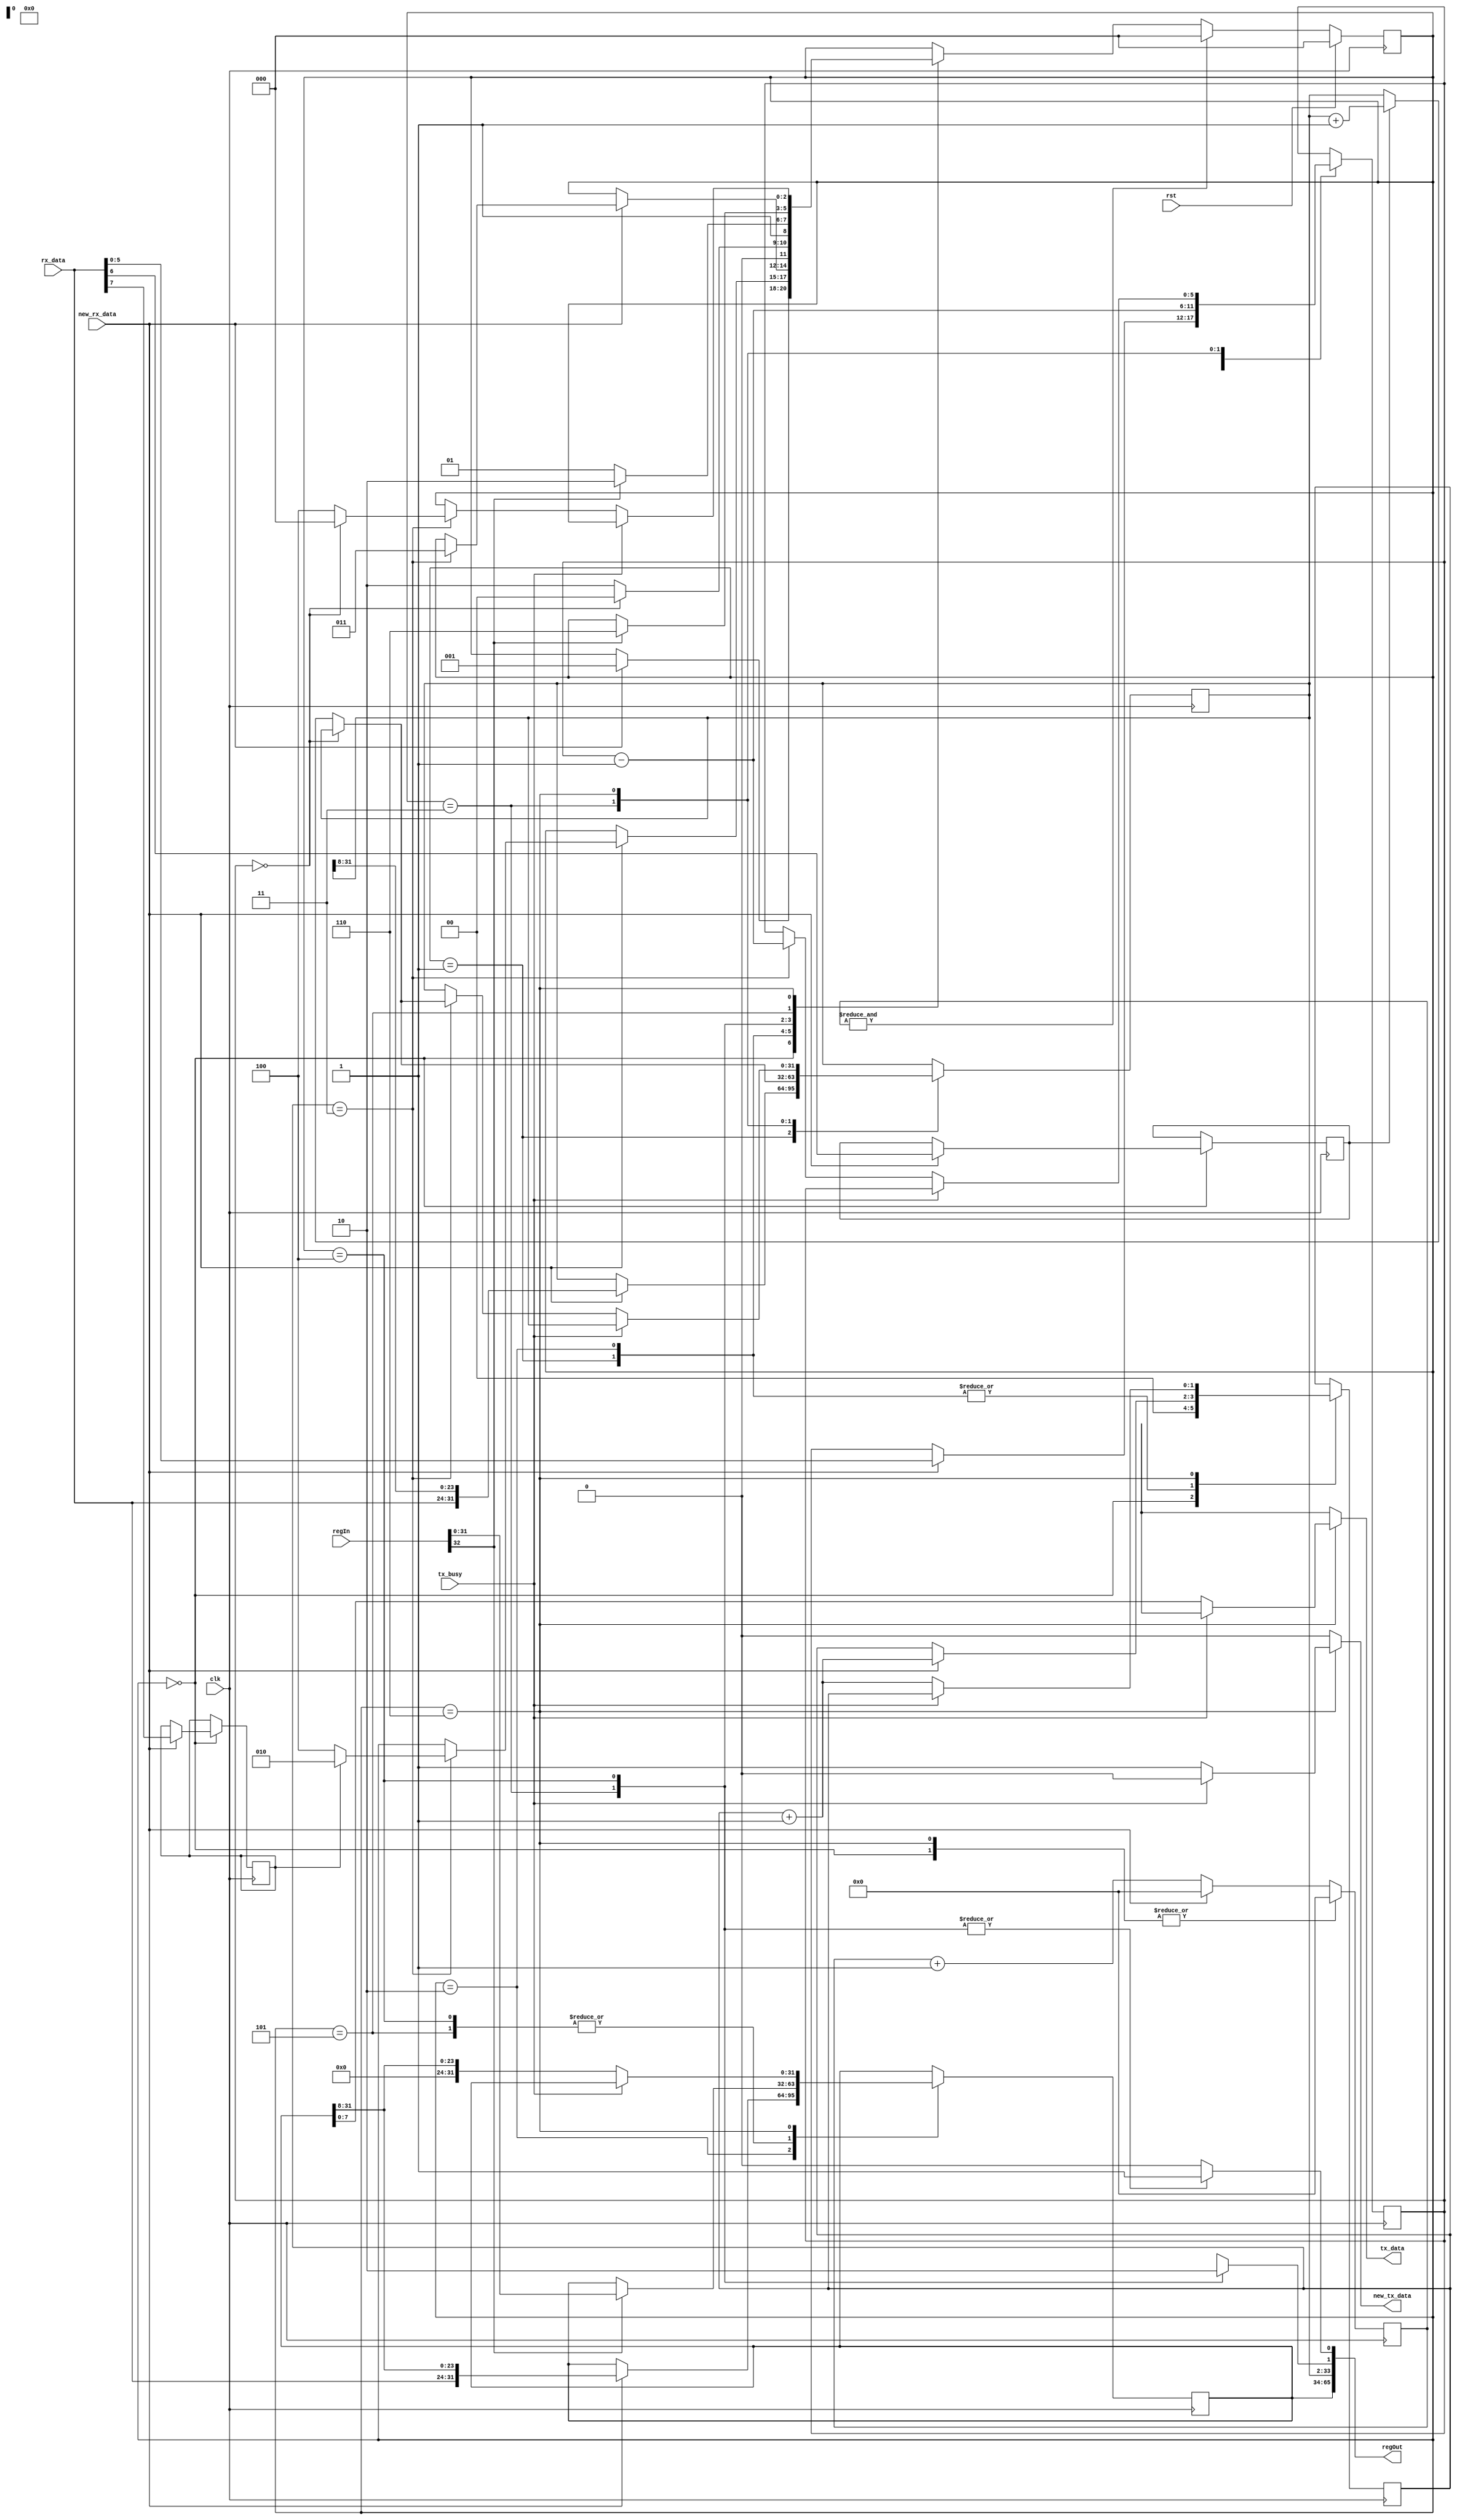
/*
   This file was generated automatically by the Mojo IDE version B1.3.5.
   Do not edit this file directly. Instead edit the original Lucid source.
   This is a temporary file and any changes made to it will be destroyed.
*/

/*
   Parameters:
     CLK_FREQ = CLK_FREQ
*/
module reg_interface_9 (
    input clk,
    input rst,
    input [7:0] rx_data,
    input new_rx_data,
    output reg [7:0] tx_data,
    output reg new_tx_data,
    input tx_busy,
    output reg [65:0] regOut,
    input [32:0] regIn
  );
  
  localparam CLK_FREQ = 26'h2faf080;
  
  
  localparam IDLE_state = 3'd0;
  localparam GET_ADDR_state = 3'd1;
  localparam WRITE_state = 3'd2;
  localparam REQUEST_WRITE_state = 3'd3;
  localparam REQUEST_READ_state = 3'd4;
  localparam WAIT_READ_state = 3'd5;
  localparam READ_RESULT_state = 3'd6;
  
  reg [2:0] M_state_d, M_state_q = IDLE_state;
  reg [5:0] M_addr_ct_d, M_addr_ct_q = 1'h0;
  reg [1:0] M_byte_ct_d, M_byte_ct_q = 1'h0;
  reg M_inc_d, M_inc_q = 1'h0;
  reg M_wr_d, M_wr_q = 1'h0;
  reg [23:0] M_timeout_d, M_timeout_q = 1'h0;
  reg [31:0] M_addr_d, M_addr_q = 1'h0;
  reg [31:0] M_data_d, M_data_q = 1'h0;
  
  always @* begin
    M_state_d = M_state_q;
    M_byte_ct_d = M_byte_ct_q;
    M_inc_d = M_inc_q;
    M_addr_ct_d = M_addr_ct_q;
    M_data_d = M_data_q;
    M_addr_d = M_addr_q;
    M_wr_d = M_wr_q;
    M_timeout_d = M_timeout_q;
    
    regOut[0+0-:1] = 1'h0;
    regOut[1+0-:1] = 1'bx;
    regOut[2+31-:32] = M_addr_q;
    regOut[34+31-:32] = M_data_q;
    tx_data = 1'bx;
    new_tx_data = 1'h0;
    M_timeout_d = M_timeout_q + 1'h1;
    if (new_rx_data) begin
      M_timeout_d = 1'h0;
    end
    
    case (M_state_q)
      IDLE_state: begin
        M_timeout_d = 1'h0;
        M_byte_ct_d = 1'h0;
        if (new_rx_data) begin
          M_wr_d = rx_data[7+0-:1];
          M_inc_d = rx_data[6+0-:1];
          M_addr_ct_d = rx_data[0+5-:6];
          M_state_d = GET_ADDR_state;
        end
      end
      GET_ADDR_state: begin
        if (new_rx_data) begin
          M_addr_d = {rx_data, M_addr_q[8+23-:24]};
          M_byte_ct_d = M_byte_ct_q + 1'h1;
          if (M_byte_ct_q == 2'h3) begin
            if (M_wr_q) begin
              M_state_d = WRITE_state;
            end else begin
              M_state_d = REQUEST_READ_state;
            end
          end
        end
      end
      WRITE_state: begin
        if (new_rx_data) begin
          M_data_d = {rx_data, M_data_q[8+23-:24]};
          M_byte_ct_d = M_byte_ct_q + 1'h1;
          if (M_byte_ct_q == 2'h3) begin
            M_state_d = REQUEST_WRITE_state;
          end
        end
      end
      REQUEST_WRITE_state: begin
        regOut[0+0-:1] = 1'h1;
        regOut[1+0-:1] = 1'h1;
        M_addr_ct_d = M_addr_ct_q - 1'h1;
        if (M_addr_ct_q == 1'h0) begin
          M_state_d = IDLE_state;
        end else begin
          M_state_d = WRITE_state;
          if (M_inc_q) begin
            M_addr_d = M_addr_q + 1'h1;
          end
        end
      end
      REQUEST_READ_state: begin
        regOut[0+0-:1] = 1'h1;
        regOut[1+0-:1] = 1'h0;
        if (regIn[32+0-:1]) begin
          M_data_d = regIn[0+31-:32];
          M_state_d = READ_RESULT_state;
        end else begin
          M_state_d = WAIT_READ_state;
        end
      end
      WAIT_READ_state: begin
        if (regIn[32+0-:1]) begin
          M_data_d = regIn[0+31-:32];
          M_state_d = READ_RESULT_state;
        end
      end
      READ_RESULT_state: begin
        M_timeout_d = 1'h0;
        if (!tx_busy) begin
          tx_data = M_data_q[0+7-:8];
          M_data_d = M_data_q >> 4'h8;
          new_tx_data = 1'h1;
          M_byte_ct_d = M_byte_ct_q + 1'h1;
          if (M_byte_ct_q == 2'h3) begin
            M_addr_ct_d = M_addr_ct_q - 1'h1;
            if (M_addr_ct_q == 1'h0) begin
              M_state_d = IDLE_state;
            end else begin
              M_state_d = REQUEST_READ_state;
              if (M_inc_q) begin
                M_addr_d = M_addr_q + 1'h1;
              end
            end
          end
        end
      end
    endcase
    if ((&M_timeout_q)) begin
      M_state_d = IDLE_state;
    end
  end
  
  always @(posedge clk) begin
    M_addr_ct_q <= M_addr_ct_d;
    M_byte_ct_q <= M_byte_ct_d;
    M_inc_q <= M_inc_d;
    M_wr_q <= M_wr_d;
    M_timeout_q <= M_timeout_d;
    M_addr_q <= M_addr_d;
    M_data_q <= M_data_d;
    
    if (rst == 1'b1) begin
      M_state_q <= 1'h0;
    end else begin
      M_state_q <= M_state_d;
    end
  end
  
endmodule